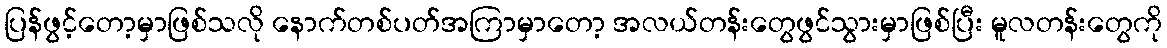
ပြန်ဖွင့်တော့မှာဖြစ်သလို နောက်တစ်ပတ်အကြာမှာတော့ အလယ်တန်းတွေဖွင်သွားမှာဖြစ်ပြီး မူလတန်းတွေကို